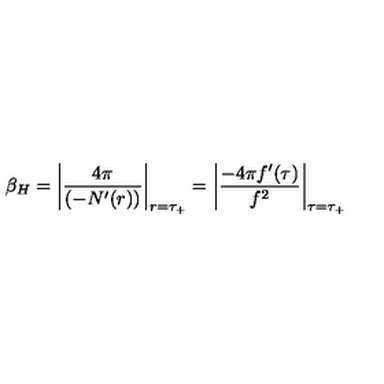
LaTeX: \beta _ { H } = \left| \frac { 4 \pi } { ( - N ^ { \prime } ( r ) ) } \right| _ { r = \tau _ { + } } = \left| \frac { - 4 \pi f ^ { \prime } ( \tau ) } { f ^ { 2 } } \right| _ { \tau = \tau _ { + } }